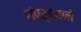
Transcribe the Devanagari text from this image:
संपर्कवाले